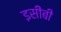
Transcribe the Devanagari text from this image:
इसीबी